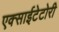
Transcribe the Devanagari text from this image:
एक्साईटेटोरी